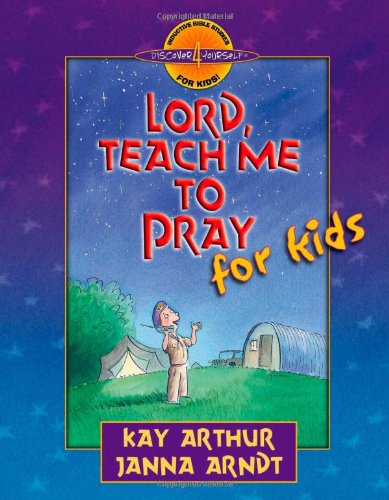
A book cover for Lord, Teach Me to Pray for Kids (Discover 4 Yourself Inductive Bible Studies for Kids); Kay Arthur; Christian Books & Bibles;